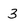
Character: 3